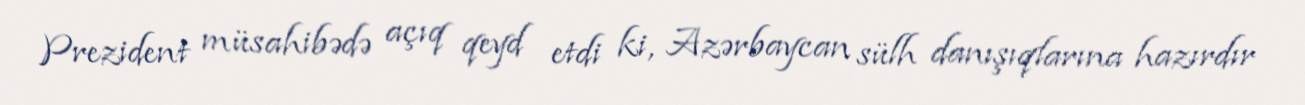
Prezident müsahibədə açıq qeyd etdi ki, Azərbaycan sülh danışıqlarına hazırdır